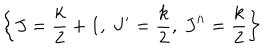
\left\{ J = \frac { k } { 2 } + 1 , \ J ^ { \prime } = \frac { k } { 2 } , \ J ^ { \prime \prime } = \frac { k } { 2 } \right\}